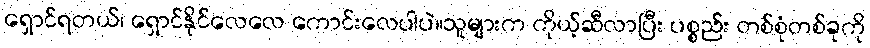
ရှောင်ရတယ်၊ ရှောင်နိုင်လေလေ ကောင်းလေပါပဲ။သူများက ကိုယ့်ဆီလာပြီး ပစ္စည်း တစ်စုံတစ်ခုကို